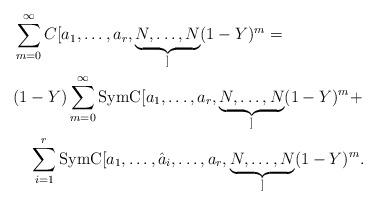
LaTeX: \begin{align*}&\sum_{m=0}^\infty C[a_1, \dots, a_r, \underbrace{N, \dots, N}_] (1 -Y)^m =\\&(1-Y) \sum_{m=0}^\infty \operatorname{SymC}[a_1, \dots, a_r, \underbrace{N, \dots, N}_] (1 - Y)^m + \\ &\quad\sum_{i=1}^r \operatorname{SymC}[a_1, \dots, \hat{a}_i , \dots, a_r, \underbrace{N, \dots, N}_] (1 - Y)^m.\end{align*}